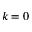
k = 0